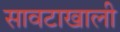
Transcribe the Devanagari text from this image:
सावटाखाली